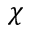
\boldsymbol { \chi }